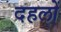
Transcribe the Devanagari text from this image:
दहलों